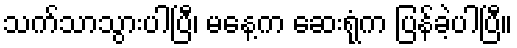
သက်သာသွားပါပြီ၊ မနေ့က ဆေးရုံက ပြန်ခဲ့ပါပြီ။